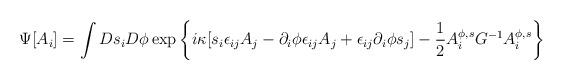
LaTeX: \begin{align*}\Psi[A_i]=\int Ds_iD\phi\exp\left\{i\kappa[s_i\epsilon_{ij}A_j-\partial_i\phi\epsilon_{ij}A_j+\epsilon_{ij}\partial_i\phi s_j]-\frac{1}{2} A_i^{\phi,s}G^{-1}A_i^{\phi,s}\right\}\end{align*}